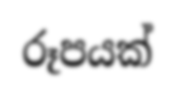
රූපයක්